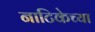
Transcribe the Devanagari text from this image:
नाटिकेच्या